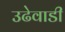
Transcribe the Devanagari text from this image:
उढेवाडी